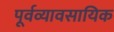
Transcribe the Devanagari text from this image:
पूर्वव्यावसायिक